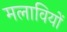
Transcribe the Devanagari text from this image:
मलावियों